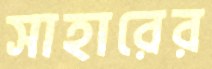
সাহারের